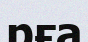
рға